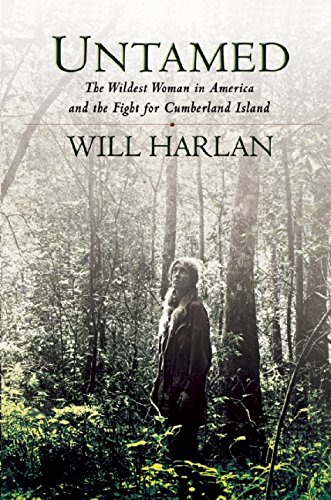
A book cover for Untamed: The Wildest Woman in America and the Fight for Cumberland Island; Will Harlan; Science & Math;